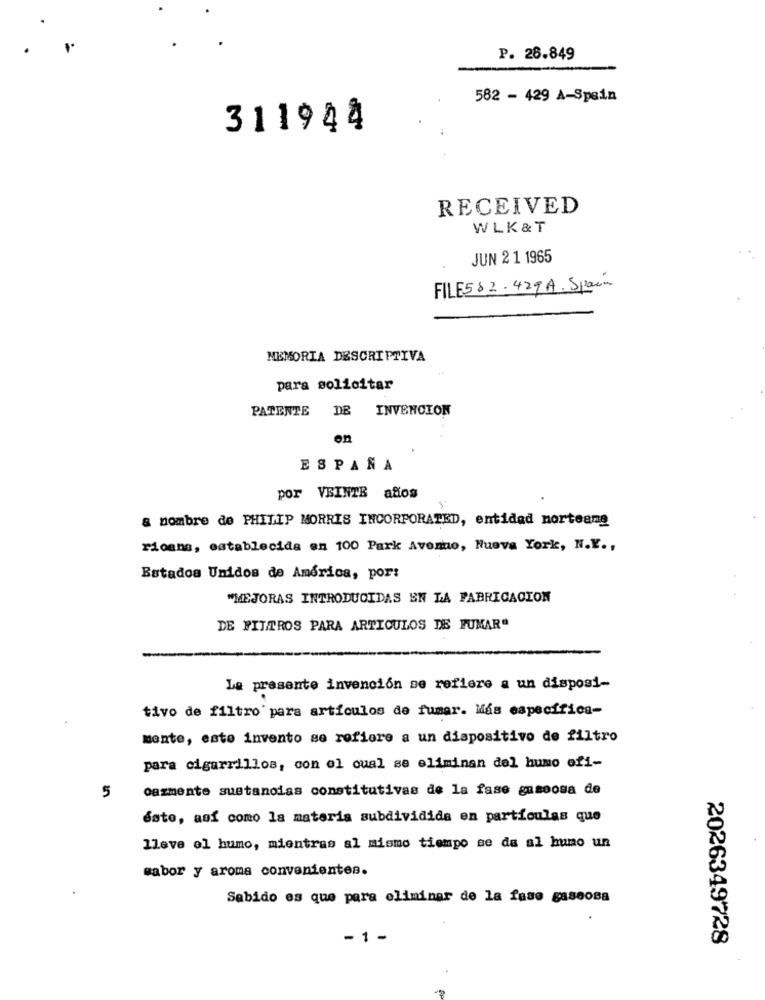
P. 28.849
582 - 429 A-Spain
311944
RECEIVED
WLK& T
JUN 2 1 1965
FILE5 82. 429 A. Spain
MEMORIA DESCRIPTIVA
para solicitar
PATENTE DE INVENCION
on
ESPAÑA
por VEINTE aflos
& nombre de PHILIP MORRIS INCORPORATED, entidad norteane
rioans, establecida en 100 Park Avenue, Nueva York, N.Y .,
Estados Unidos de América, por:
"MEJORAS INTRODUCIDAS EN LA FABRICACION
DE FILTROS PARA ARTICULOS DE FUMAR"
La presente invención se refiere a un disposi-
tivo de filtro para artículos de fumar. Más especifica-
mente, este invento se refiere a un dispositivo de filtro
para cigarrillos, con ol oual se eliminan del humo ofi-
oazmente sustancias constitutivas de la fase gaseosa de
5
ésto, así como la materia subdividida en particulas que
lleve el humo, mientras al mismo tiempo se da al huno un
sabor y aroma convenientes.
Sabido es que para eliminar de la fase gaseosa
- 1 -
2026349728
-